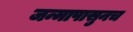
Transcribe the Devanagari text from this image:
जन्मापासुनच